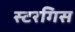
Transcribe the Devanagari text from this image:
स्टरगिस